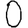
Digit: 0